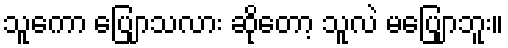
သူကော ပြျောသလား ဆိုတော့ သူလဲ မပြျောဘူး။